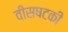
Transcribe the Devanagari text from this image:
वीसषटकी